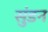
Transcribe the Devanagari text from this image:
सुंडन